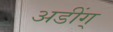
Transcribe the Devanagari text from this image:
अडींग्